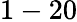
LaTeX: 1-20